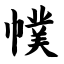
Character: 幞